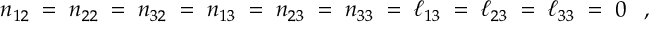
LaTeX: n _ { 1 2 } \; = \; n _ { 2 2 } \; = \; n _ { 3 2 } \; = \; n _ { 1 3 } \; = \; n _ { 2 3 } \; = \; n _ { 3 3 } \; = \; \ell _ { 1 3 } \; = \; \ell _ { 2 3 } \; = \; \ell _ { 3 3 } \; = \; 0 \; \; \; ,